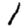
Digit: 1